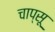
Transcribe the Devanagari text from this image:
चाप्सू